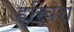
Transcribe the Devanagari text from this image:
हरिवशं